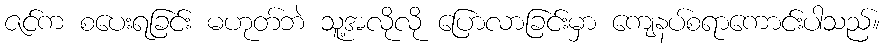
ဇင်က စပေးရခြင်း မဟုတ်ဘဲ သူ့အလိုလို ပြောလာခြင်းမှာ ကျေနပ်စရာကောင်းပါသည်။